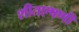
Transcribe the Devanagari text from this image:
शीतएषणी